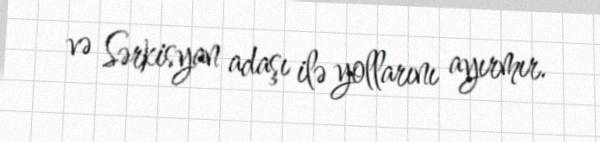
və Sərkisyan adaşı ilə yollarını ayırmır.